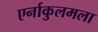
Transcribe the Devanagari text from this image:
एर्नाकुलमला